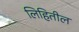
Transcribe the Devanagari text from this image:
लिहितील